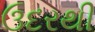
ઉદરથી